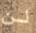
لن